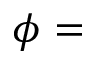
\phi =